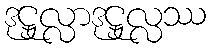
ဒုဋ္ဌုလ္လာဒုဋ္ဌုလ္လဿ